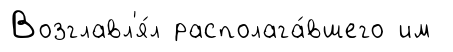
Возглавл'я́л располага́вшего им